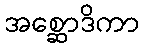
အစ္ဆောဒိကာ